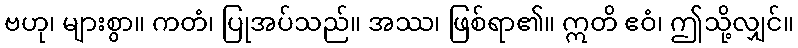
ဗဟု၊ များစွာ။ ကတံ၊ ပြုအပ်သည်။ အဿ၊ ဖြစ်ရာ၏။ ဣတိ ဧဝံ၊ ဤသို့လျှင်။